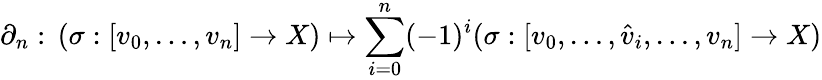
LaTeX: \partial_{n}:\, (\sigma:[v_{0},\ldots,v_{n}]\to X)\mapsto\sum_{i=0}^{n}(-1)^{i}(\sigma:[v_{0},\ldots,{\hat{v}}_{i},\ldots,v_{n}]\to X)